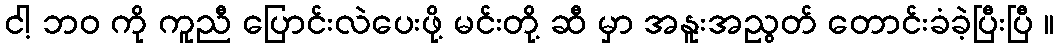
ငါ့ ဘဝ ကို ကူညီ ပြောင်းလဲပေးဖို့ မင်းတို့ ဆီ မှာ အနူးအညွတ် တောင်းခံခဲ့ပြီးပြီ ။